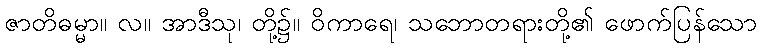
ဇာတိဓမ္မာ။ လ။ အာဒီသု၊ တို့၌။ ဝိကာရေ၊ သဘောတရားတို့၏ ဖောက်ပြန်သော